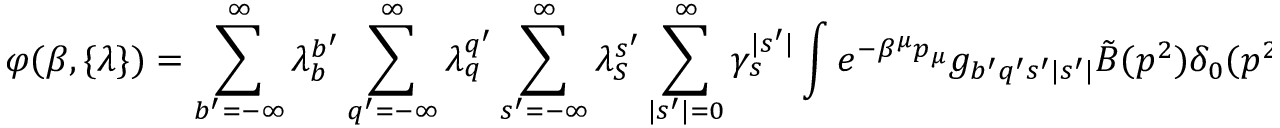
\varphi ( \beta , \{ \lambda \} ) = \sum _ { b ^ { \prime } = - \infty } ^ { \infty } \lambda _ { b } ^ { b ^ { \prime } } \sum _ { q ^ { \prime } = - \infty } ^ { \infty } \lambda _ { q } ^ { q ^ { \prime } } \sum _ { s ^ { \prime } = - \infty } ^ { \infty } \lambda _ { S } ^ { s ^ { \prime } } \sum _ { | s ^ { \prime } | = 0 } ^ { \infty } \gamma _ { s } ^ { | s ^ { \prime } | } \int e ^ { - \beta ^ { \mu } p _ { \mu } } g _ { b ^ { \prime } q ^ { \prime } s ^ { \prime } | s ^ { \prime } | } \tilde { B } ( p ^ { 2 } ) \delta _ { 0 } ( p ^ { 2 } - m _ { b ^ { \prime } q ^ { \prime } s ^ { \prime } | s ^ { \prime } | } ^ { 2 } ) d p ^ { 4 } \; .